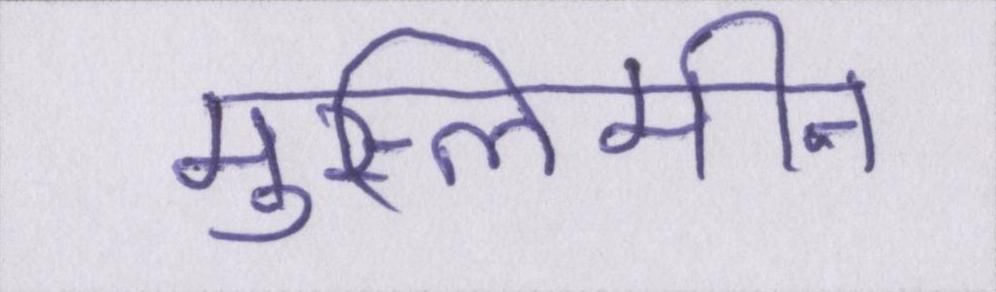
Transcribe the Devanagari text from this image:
मुस्लिमीन